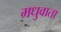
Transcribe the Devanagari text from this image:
मधुवाता